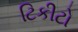
ટિકીટો